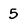
Character: 5